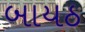
બાયઠ